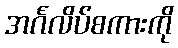
အင်္ဂလိပ်စကားကို